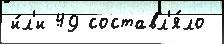
и́л'и 49 составл'я́ло